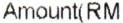
AMOUNT(RM